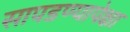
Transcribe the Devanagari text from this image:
सापडण्यापेक्षा